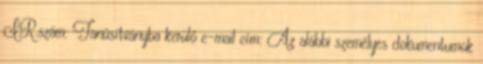
IR.szám: Tanúsítványba kerülő e-mail cím: Az alábbi személyes dokumentumok